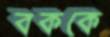
বককে